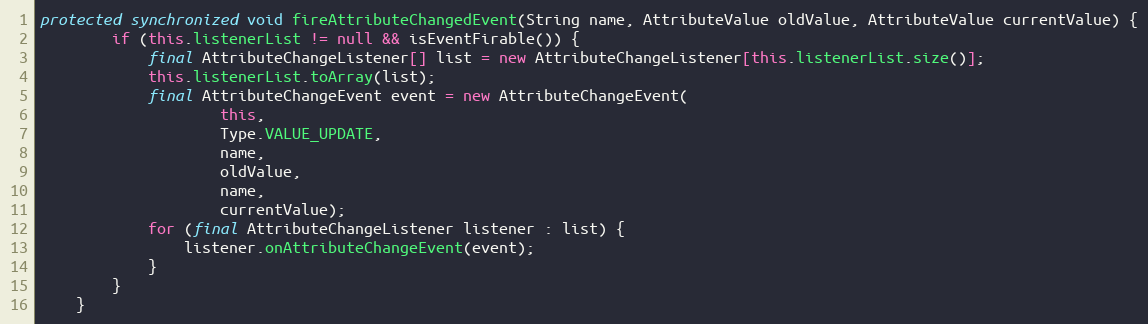
Language: Java
protected synchronized void fireAttributeChangedEvent(String name, AttributeValue oldValue, AttributeValue currentValue) {
		if (this.listenerList != null && isEventFirable()) {
			final AttributeChangeListener[] list = new AttributeChangeListener[this.listenerList.size()];
			this.listenerList.toArray(list);
			final AttributeChangeEvent event = new AttributeChangeEvent(
					this,
					Type.VALUE_UPDATE,
					name,
					oldValue,
					name,
					currentValue);
			for (final AttributeChangeListener listener : list) {
				listener.onAttributeChangeEvent(event);
			}
		}
	}